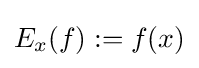
E_{x}(f):=f(x)